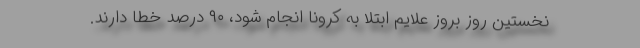
نخستین روز بروز علایم ابتلا به کرونا انجام شود، ۹۰ درصد خطا دارند.